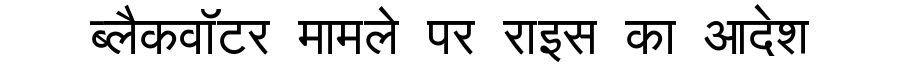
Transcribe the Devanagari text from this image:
ब्लैकवॉटर मामले पर राइस का आदेश